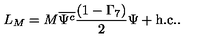
L _ { M } = M \overline { { \Psi ^ { c } } } \frac { ( 1 - \Gamma _ { 7 } ) } { 2 } \Psi + \mathrm { h . c . } .